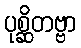
ပုစ္ဆိတဗ္ဗာ